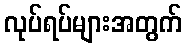
လုပ်ရပ်များအတွက်